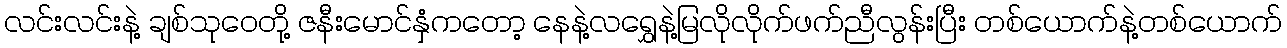
လင်းလင်းနဲ့ ချစ်သုဝေတို့ ဇနီးမောင်နှံကတော့ နေနဲ့လရွှေနဲ့မြလိုလိုက်ဖက်ညီလွန်းပြီး တစ်ယောက်နဲ့တစ်ယောက်